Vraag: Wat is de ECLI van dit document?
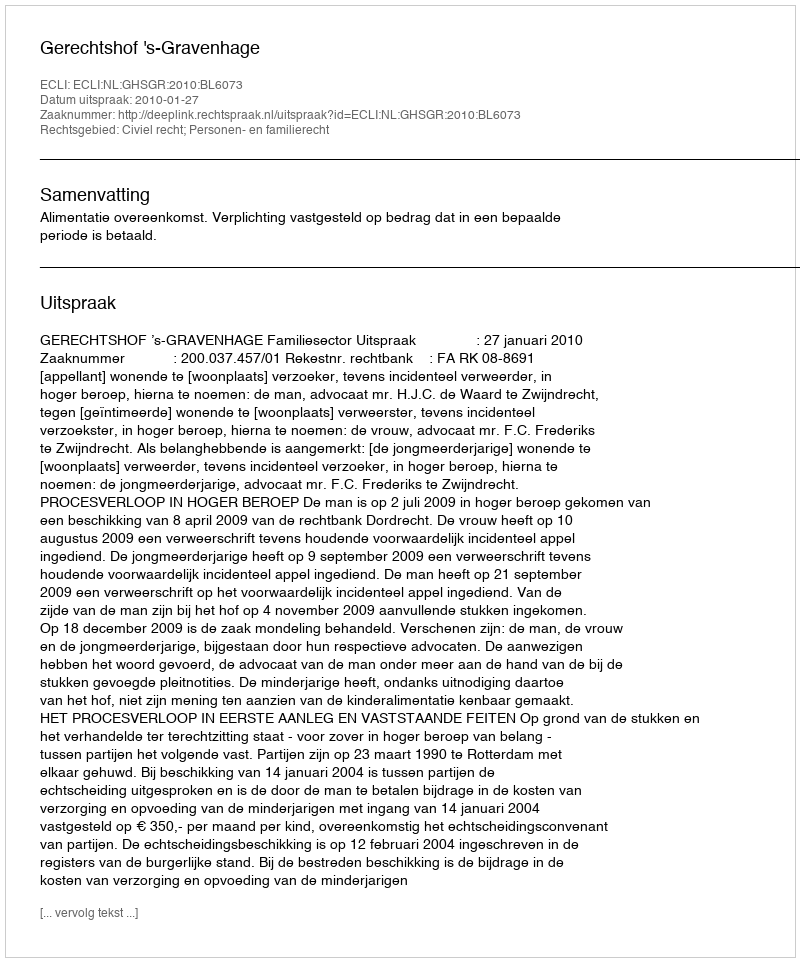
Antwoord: ECLI:NL:GHSGR:2010:BL6073